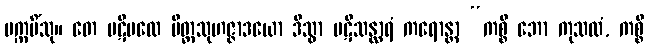
ပက္ကမိံသု။ တေ ပဋိပထေ မိတ္တသုဟဇ္ဇာဒယော ဒိသွာ ပဋိသန္ထာရံ ကရောန္တာ “ကစ္စိ ဘော ကုသလံ, ကစ္စိ